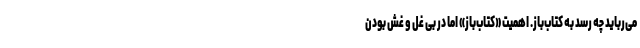
می‌رباید چه رسد به کتاب‌باز. اهمیت «کتاب‌باز» اما در بی غل و غش بودن